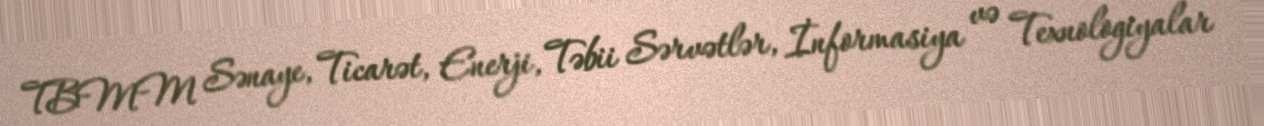
TBMM Sənaye, Ticarət, Enerji, Təbii Sərvətlər, İnformasiya və Texnologiyalar